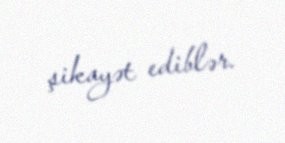
şikayət ediblər.